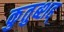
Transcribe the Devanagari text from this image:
कुतुब्शह्